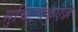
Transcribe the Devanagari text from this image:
सुचिटेपेकुएज़